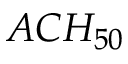
A C H _ { 5 0 } \,